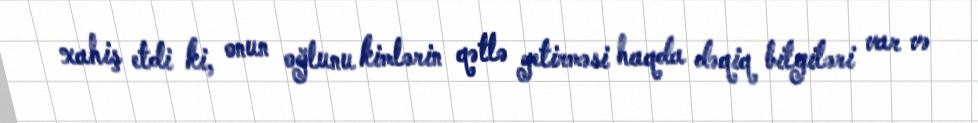
xahiş etdi ki, onun oğlunu kimlərin qətlə yetirməsi haqda dəqiq bilgiləri var və